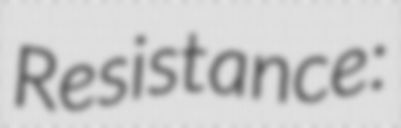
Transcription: Resistance: